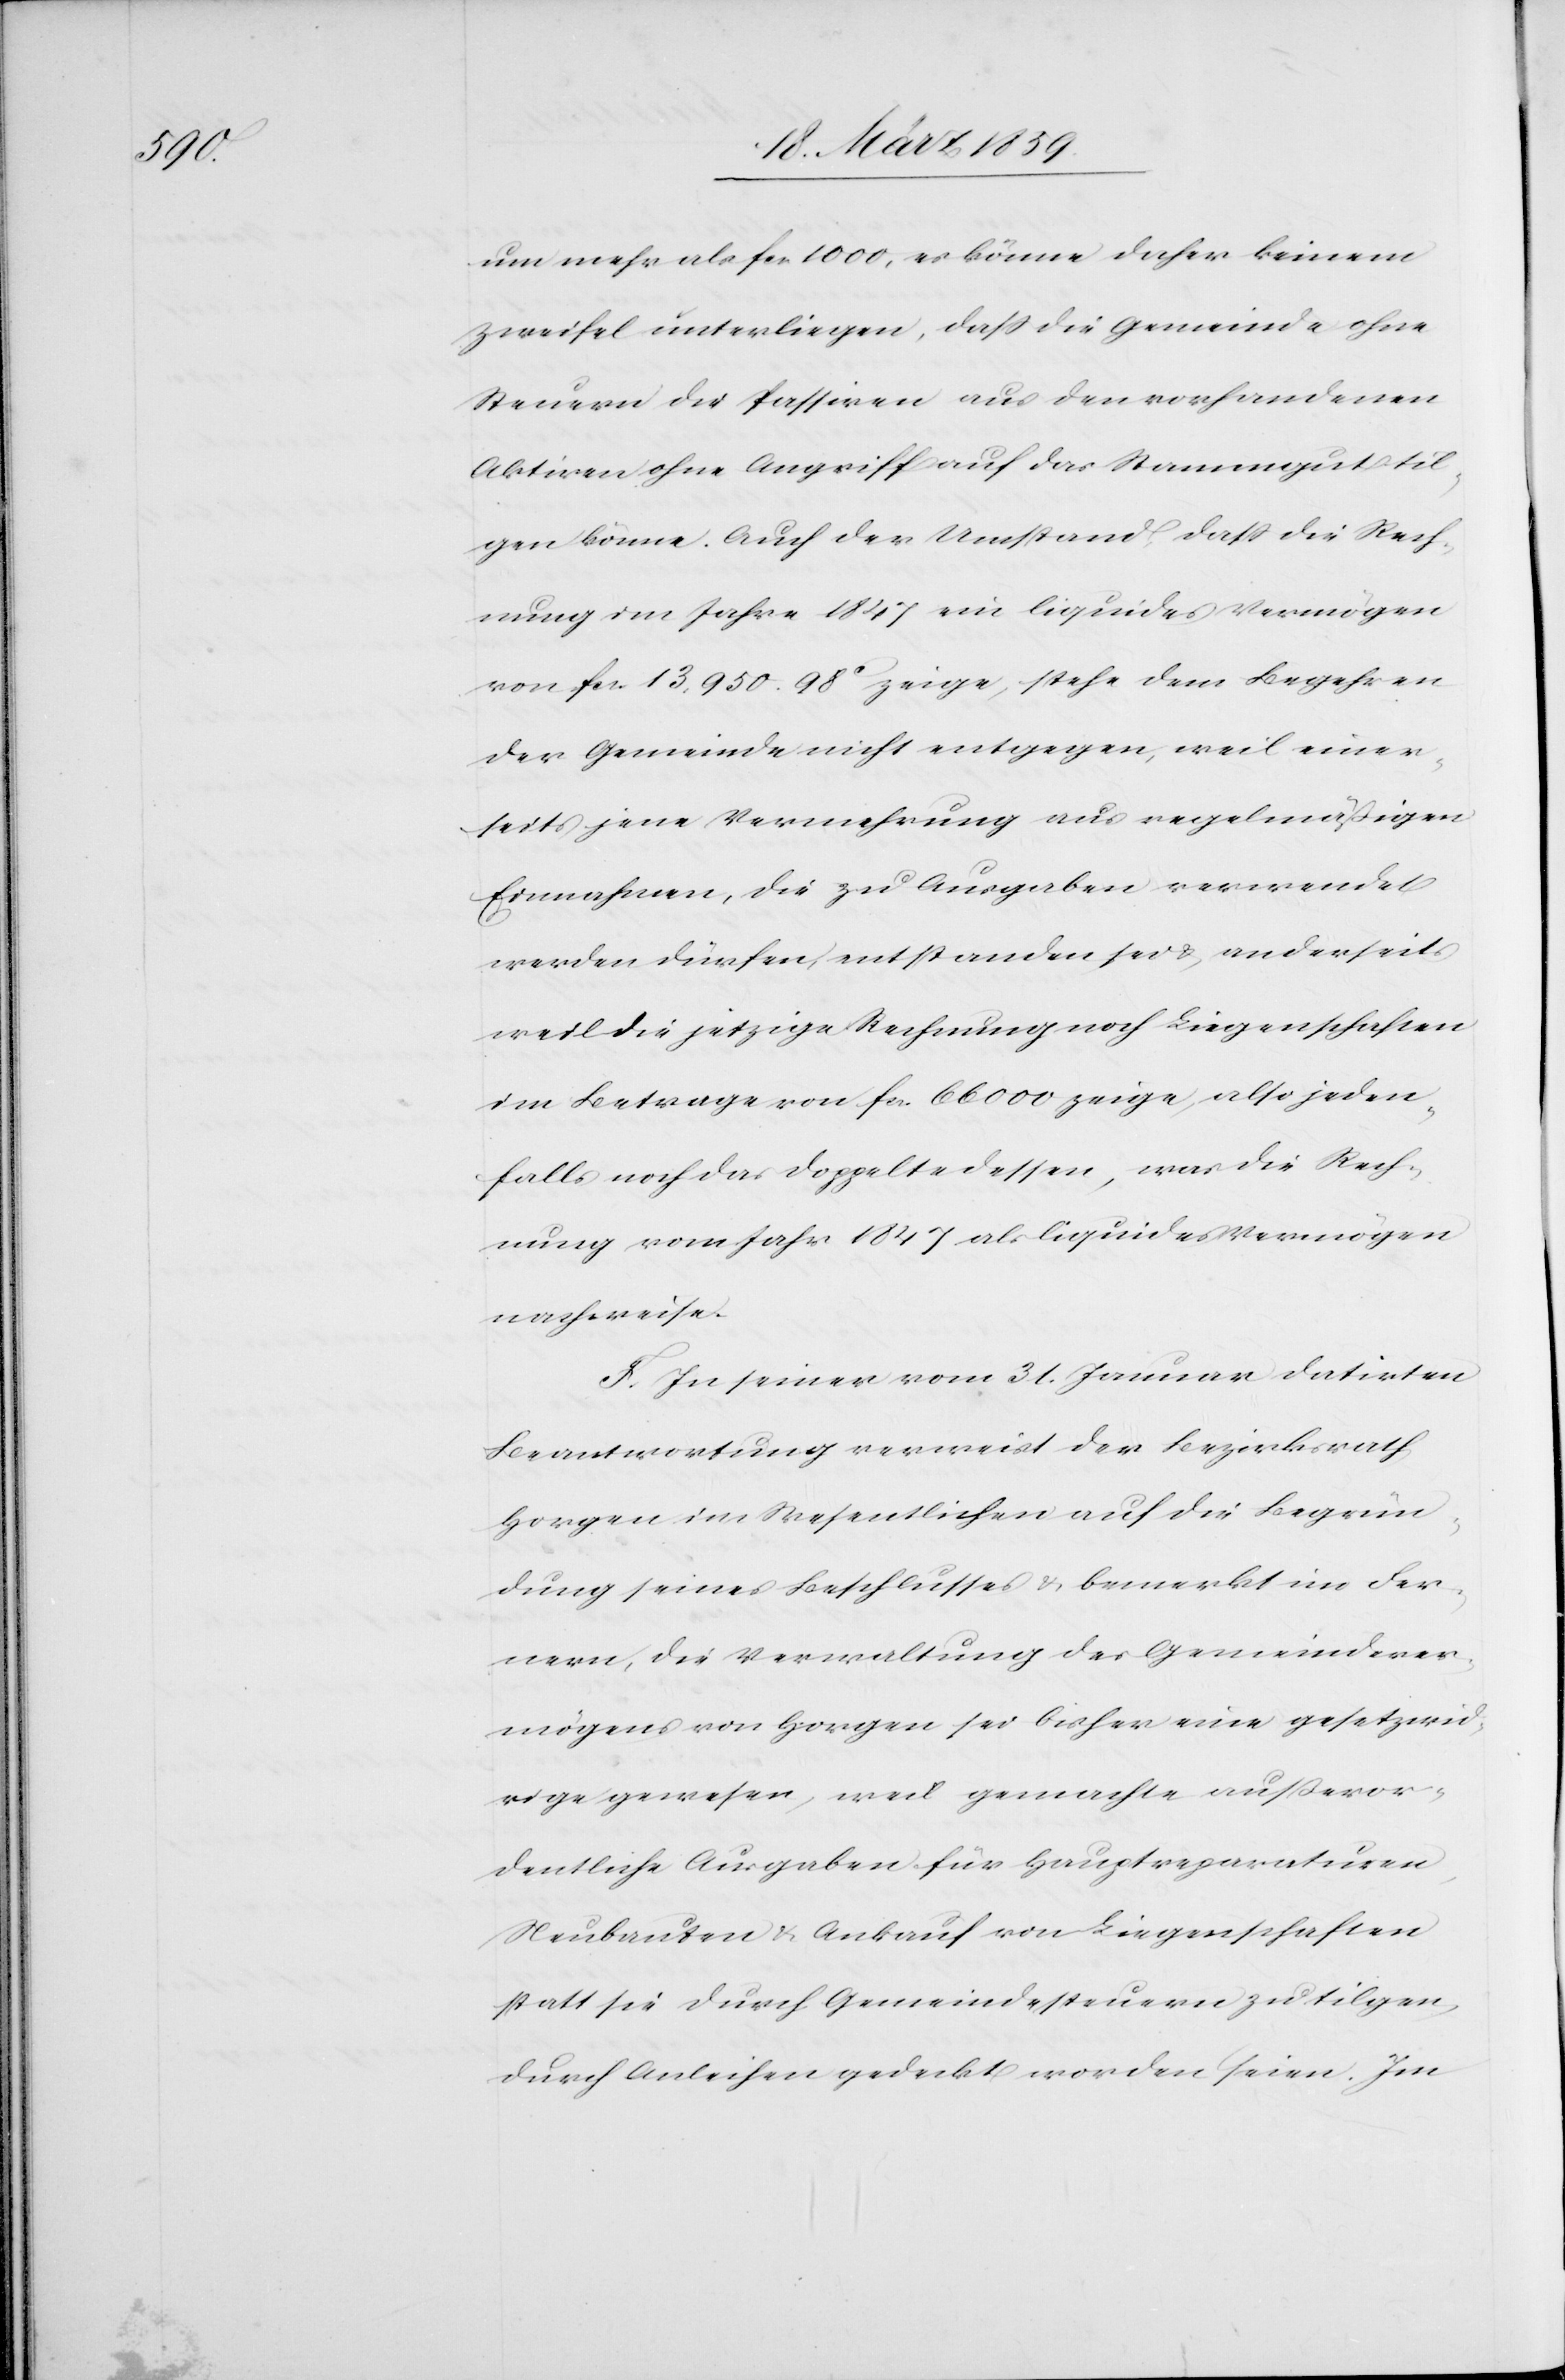
um mehr als fcs 1000, es könne daher keinem
Zweifel unterliegen, daß die Gemeinde ohne
Steuern die Passiven aus den vorhandenen
Aktiven ohne Angriff auf das Stammgut til¬
gen könne. Auch der Umstand, daß die Rech¬
nung im Jahre 1847 ein liquides Vermögen
von fcs. 13,950. 98c zeige, stehe dem Begehren
der Gemeinde nicht entgegen, weil einer¬
seits jene Vermehrung aus regelmäßigen
Einnahmen, die zu Ausgaben verwendet
werden dürfen, entstanden sei & anderseits
weil die jetzige Rechnung noch Liegenschaften
im Betrage von fcs. 66 000 zeige, also jeden¬
falls noch das Doppelte dessen, was die Rech¬
nung vom Jahr 1847 als liquides Vermögen
nachweise.
F. In seiner vom 31. Januar datirten
Beantwortung verweist der Bezirksrath
Horgen im Wesentlichen auf die Begrün¬
dung seines Beschlusses & bemerkt im Fer¬
nern, die Verwaltung des Gemeindever¬
mögens von Horgen sei bisher eine gesetzwid¬
rige gewesen, weil gemachte außeror¬
dentliche Ausgaben für Hauptreparaturen,
Neubauten & Ankauf von Liegenschaften
statt sie durch Gemeindesteuern zu tilgen,
durch Anleihen gedeckt worden seien. Im